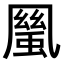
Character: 𠙬